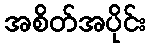
အစိတ်အပိုင်း